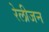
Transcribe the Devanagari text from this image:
रेलीजन